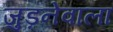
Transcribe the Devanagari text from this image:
जुड़नेवाला